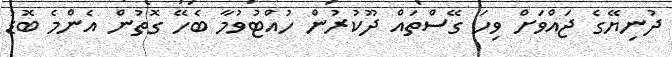
ދުނިޔޭގެ ޖައްވަށް ވިހަ ގޭސްތައް ދޫކުރުން ހުއްޓުވުމާ ބެހޭ ގޮތުން އެންމެ ބޮޑު